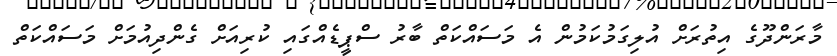
މާރަންދޫގެ އިތުރަށް އުލިގަމުކަމުން އެ މަސައްކަތް ބާރު ސްޕީޑެއްގައި ކުރިއަށް ގެންދިއުމަށް މަސައްކަތް